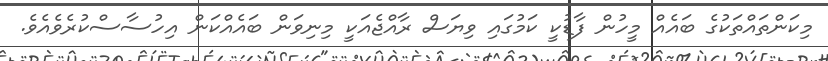
މިކަންތައްތަކުގެ ބައެއް މީހުން ފާޑުކީ ކަމުގައި ވިޔަސް ރާއްޖެއަކީ މިނިވަން ބައެއްކަން އިހުސާސްކުރެވެއެވެ.